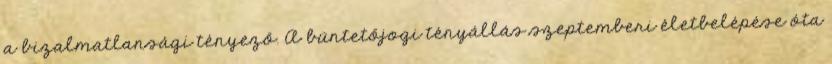
a bizalmatlansági tényező. A büntetőjogi tényállás szeptemberi életbelépése óta